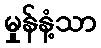
မှုန်နံ့သာ